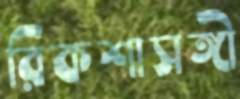
রিকশাসঙ্গী